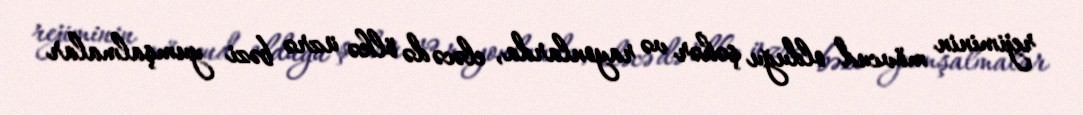
rejiminin mövcud olduğu şəhər və rayonlarda, eləcə də ölkə üzrə bəzi yumşalmalar